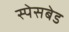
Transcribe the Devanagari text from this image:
स्पेसबेड